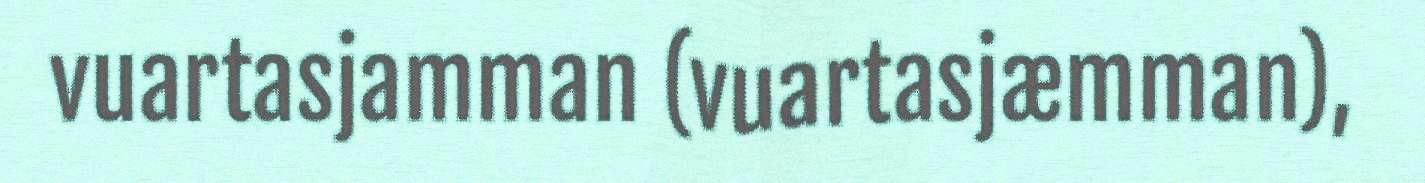
vuartasjamman (vuartasjæmman),